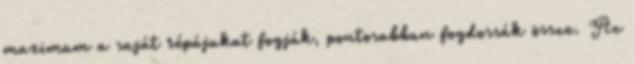
maximum a saját répájukat fogják, pontosabban fogdossák össze. Az